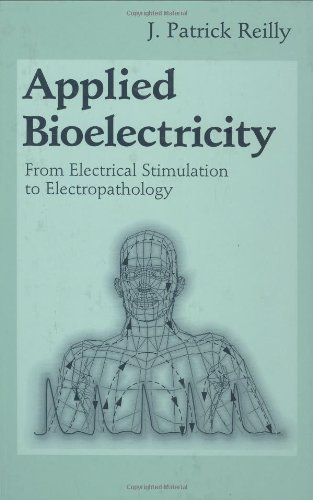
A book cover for Applied Bioelectricity: From Electrical Stimulation to Electropathology (Studies in British Literature; 37); J. Patrick Reilly; Medical Books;